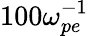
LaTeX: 100\omega_{pe}^{-1}